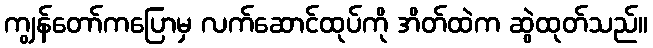
ကျွန်တော်ကပြောမှ လက်ဆောင်ထုပ်ကို အိတ်ထဲက ဆွဲထုတ်သည်။